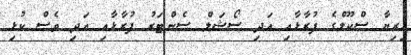
ހިރިޔާ ސްކޫލްގެ ފުރާޅާއި އަދި ސޯޝަލް ސެންޓަރު ފުރާޅާއި އަދި ވެސް ކުޅި